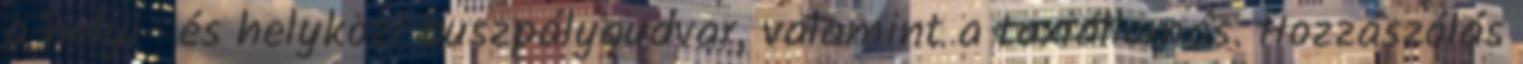
a helyi- és helyközi buszpályaudvar, valamint a taxiállomás. Hozzászólás